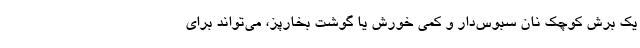
یک برش کوچک نان سبوس‌دار و کمی خورش یا گوشت بخارپز، می‌تواند برای